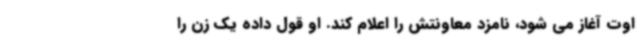
اوت آغاز می شود، نامزد معاونتش را اعلام کند. او قول داده یک زن را